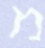
מ